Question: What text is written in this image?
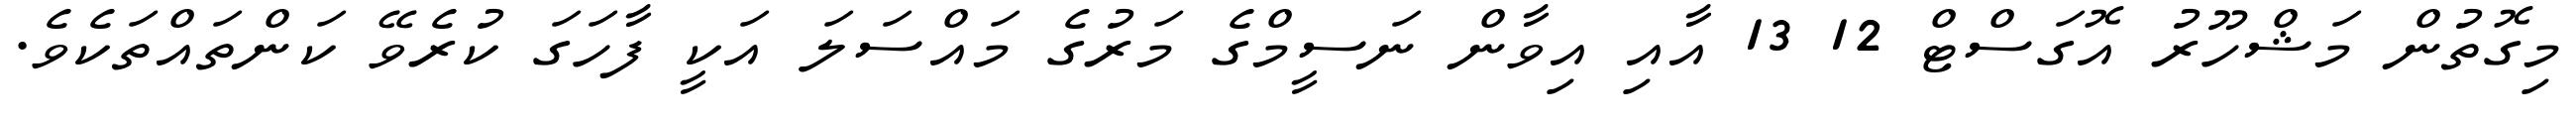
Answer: މިގޮތުން މަޝްހޫރު އޮގަސްޓް 12 13 އާއި އިވާން ނަސީމްގެ މަރުގެ މައްސަލަ އަކީ ފާހަގަ ކުރެވޭ ކަންތައްތަކެވެ.